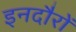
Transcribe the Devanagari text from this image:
इनदौरों